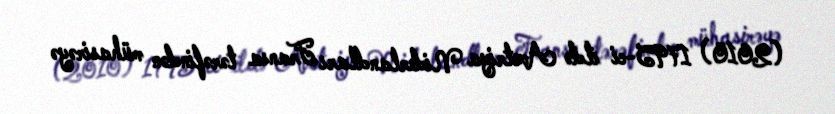
(2010) 1795-ci ildə Avstriya Niderlandları Fransa tərəfindən mühasirəyə